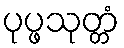
ပုပ္ဖသုတ္တံ